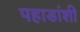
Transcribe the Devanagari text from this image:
पहाडांशी